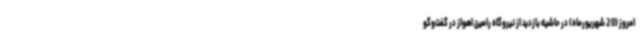
امروز (20 شهریورماه) در حاشیه بازدید از نیروگاه رامین اهواز در گفت‌وگو